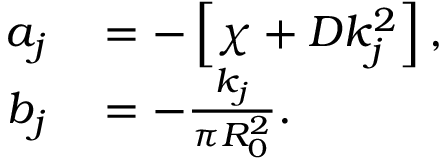
\begin{array} { r l } { a _ { j } } & { { } = - \left[ \chi + D k _ { j } ^ { 2 } \right] , } \\ { b _ { j } } & { { } = - \frac { k _ { j } } { \pi R _ { 0 } ^ { 2 } } . } \end{array}